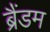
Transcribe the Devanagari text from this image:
ब्रैंडम